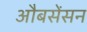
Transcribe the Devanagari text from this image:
औबसेंसन